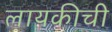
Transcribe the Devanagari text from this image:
लायकीची